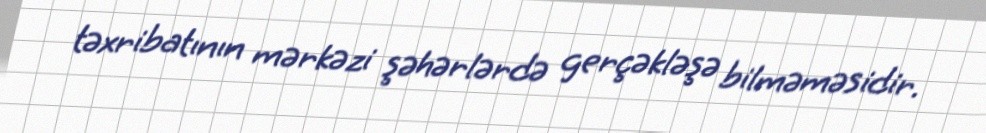
təxribatının mərkəzi şəhərlərdə gerçəkləşə bilməməsidir.